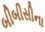
બીબીસીના